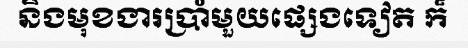
និងមុខងារប្រាំមួយផ្សេងទៀត ក៏